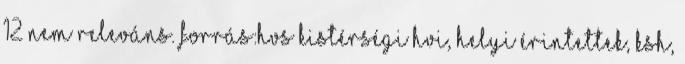
12 Nem releváns. Forrás:HVS kistérségi HVI, helyi érintettek, KSH,